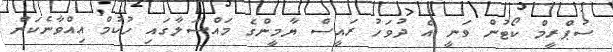
ސުޕްރީމް ކޯޓުން ވަނީ އެ ދުވަހު ރައީސް ޔާމީންގެ މައްސަލާގައި ހުކުމް އިއްވާނެކަން